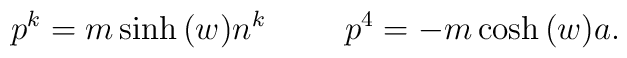
p^{k} = m \sinh{(w)} n^{k} \hspace{1cm} p^{4} = -m \cosh{(w)} a.